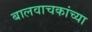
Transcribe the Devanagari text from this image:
बालवाचकांच्या